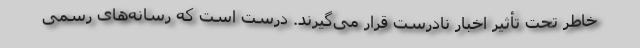
خاطر تحت تأثیر اخبار نادرست قرار می‌گیرند. درست است که رسانه‌های رسمی